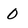
Character: 0